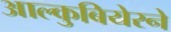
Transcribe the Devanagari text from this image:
आल्कुबियेरने